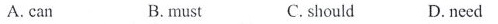
A.can B.must C.should D.need